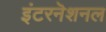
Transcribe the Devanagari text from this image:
इंटरनॆशनल